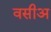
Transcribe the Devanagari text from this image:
वसीअ